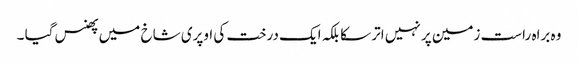
وہ براہ راست زمین پر نہیں اتر سکا بلکہ ایک درخت کی اوپری شاخ میں پھنس گیا ۔